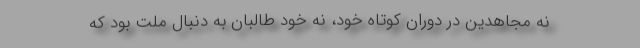
نه مجاهدین در دوران کوتاه خود، نه خود طالبان به دنبال ملت بود که